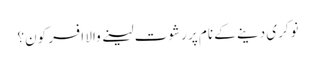
نوکری دینے کے نام پر رشوت لینے والا افسر کون؟